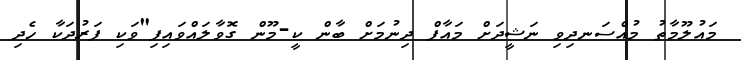
މައުލޫމާތު މުއްސަނދިވި ނަޝީދަށް މައާފް ދިނުމަށް ބާން ކީ-މޫން ގޮވާލައްވައިފި"ވަކި ފަރުދަކާ ހެދި